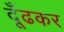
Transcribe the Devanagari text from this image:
दूँढकर